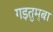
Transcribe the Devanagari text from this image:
गड़तुम्बा